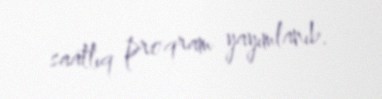
saatlıq proqram yayımlanıb.